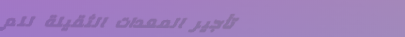
تأجير المعدات الثقيلة للم